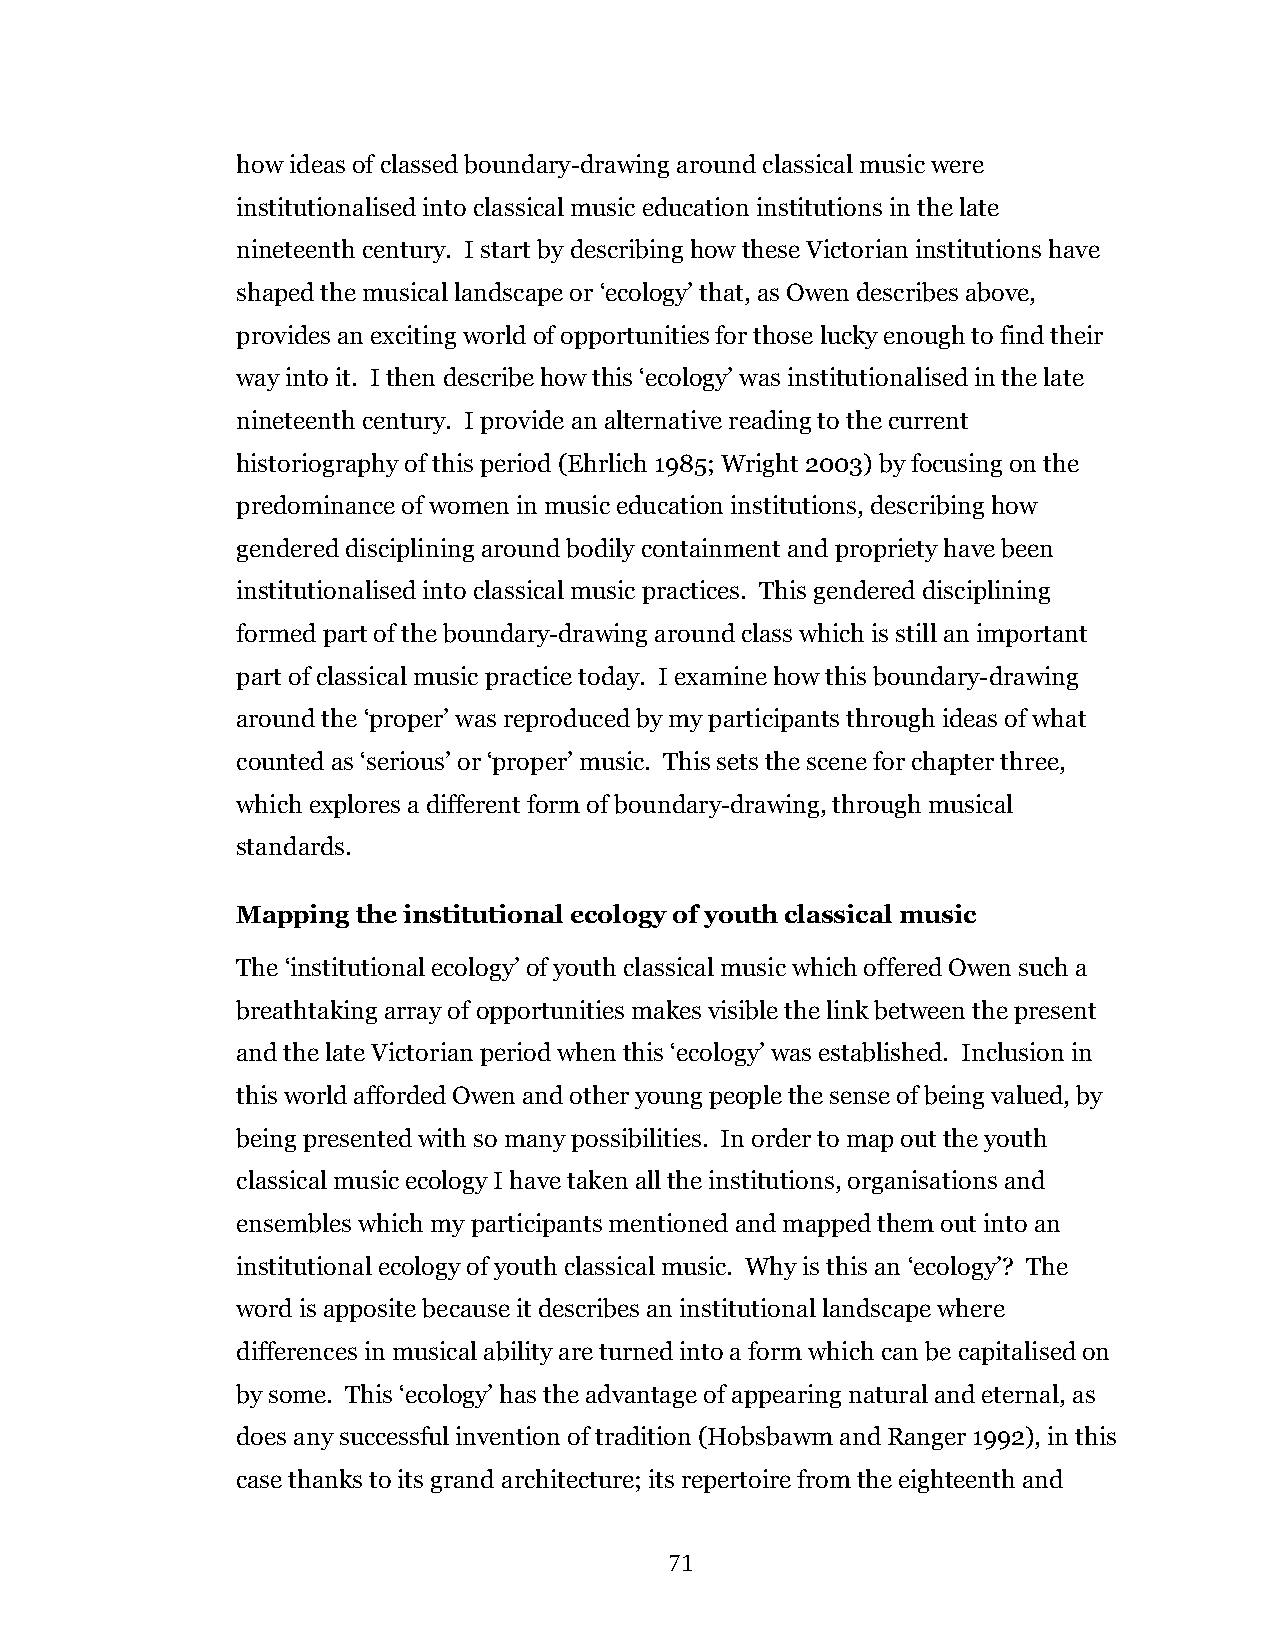
how ideas of classed boundary-drawing around classical music were
 institutionalised into classical music education institutions in the late
 nineteenth century. I start by describing how these Victorian institutions have
 shaped the musical landscape or ‘ecology’ that, as Owen describes above,
 provides an exciting world of opportunities for those lucky enough to find their
 way into it. I then describe how this ‘ecology’ was institutionalised in the late
 nineteenth century. I provide an alternative reading to the current
 historiography of this period (Ehrlich 1985; Wright 2003) by focusing on the
 predominance of women in music education institutions, describing how
 gendered disciplining around bodily containment and propriety have been
 institutionalised into classical music practices. This gendered disciplining
 formed part of the boundary-drawing around class which is still an important
 part of classical music practice today. I examine how this boundary-drawing
 around the ‘proper’ was reproduced by my participants through ideas of what
 counted as ‘serious’ or ‘proper’ music. This sets the scene for chapter three,
 which explores a different form of boundary-drawing, through musical
 standards.
 Mapping the institutional ecology of youth classical music
 The ‘institutional ecology’ of youth classical music which offered Owen such a
 breathtaking array of opportunities makes visible the link between the present
 and the late Victorian period when this ‘ecology’ was established. Inclusion in
 this world afforded Owen and other young people the sense of being valued, by
 being presented with so many possibilities. In order to map out the youth
 classical music ecology I have taken all the institutions, organisations and
 ensembles which my participants mentioned and mapped them out into an
 institutional ecology of youth classical music. Why is this an ‘ecology’? The
 word is apposite because it describes an institutional landscape where
 differences in musical ability are turned into a form which can be capitalised on
 by some. This ‘ecology’ has the advantage of appearing natural and eternal, as
 does any successful invention of tradition (Hobsbawm and Ranger 1992), in this
 case thanks to its grand architecture; its repertoire from the eighteenth and
 71